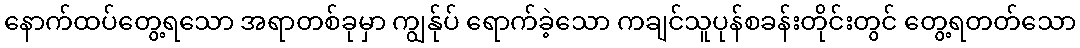
နောက်ထပ်တွေ့ရသော အရာတစ်ခုမှာ ကျွန်ုပ် ရောက်ခဲ့သော ကချင်သူပုန်စခန်းတိုင်းတွင် တွေ့ရတတ်သော